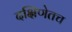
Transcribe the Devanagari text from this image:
दक्षिणेतच